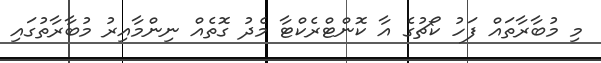
މި މުބާރާތައް ފަހު ކޯޗުގެ އާ ކޮންޓްރެކްޓާ މެދު ގޮތެއް ނިންމާއިރު މުބާރާތުގައި